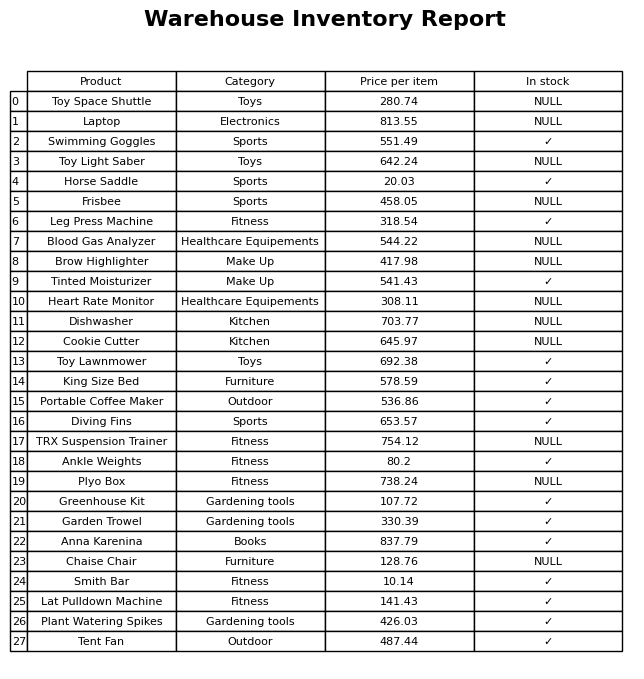
question: What is the price of the Diving Fins?
answer: The price of Diving Fins is 653.57.